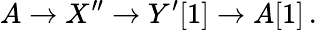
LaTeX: A\to X^{\prime\prime}\to Y^{\prime}[1]\to A[1]\, .